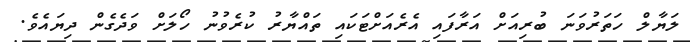
ލަޔާލް ހަތަރުވަނަ ބުރިއަށް އަރާފައި އެރެއަށްޓަކައި ތައްޔާރު ކުރެވުނު ހޯލަށް ވަދެގެން ދިޔައެވެ.